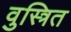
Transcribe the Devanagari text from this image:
वुस्त्रित